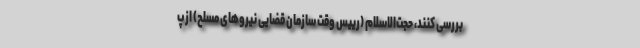
بررسی کنند، حجت‌الاسلام (رییس وقت سازمان قضایی نیروهای مسلح) از پ